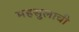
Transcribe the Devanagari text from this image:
महसुलाची